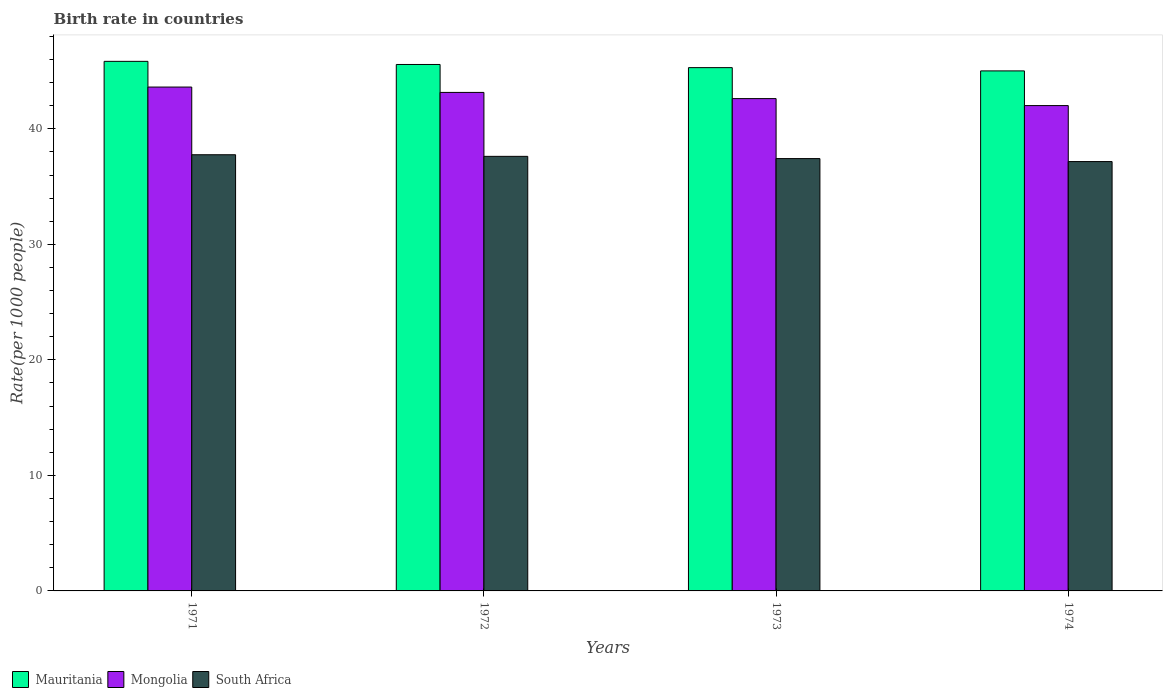
| Years | Mauritania | Mongolia | South Africa |
 | --- | --- | --- | --- |
 | 1971 | 45.8 | 43.6 | 37.8 |
 | 1972 | 45.6 | 43.1 | 37.6 |
 | 1973 | 45.3 | 42.6 | 37.4 |
 | 1974 | 45 | 42 | 37.2 |